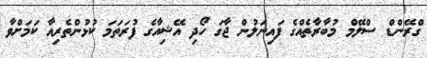
ގްރޭންޑް ސްލޭމް މުބާރާތެއްގެ ފައިނަލުން ޖާގަ ހޯދި އޭޝިއާގެ ފުރަތަމަ ކުޅުންތެރިއާ ކަމަށްވާ